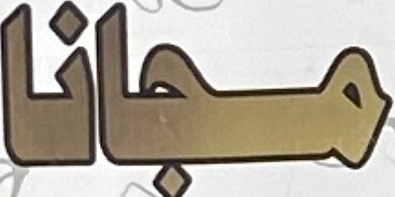
مجانا